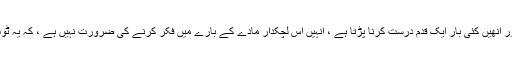
یہاں تک کہ وہ لوگ جو غیر محفوظ ہیں اور انھیں کئی بار ایک قدم درست کرنا پڑتا ہے ، انہیں اس لچکدار مادے کے بارے میں فکر کرنے کی ضرورت نہیں ہے ، کہ یہ ٹوٹ جاتا ہے یا بدصورت کنگس ہوجاتا ہے۔